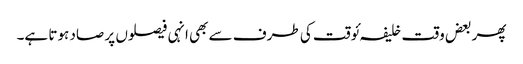
پھر بعض وقت خلیفہ ئوقت کی طرف سے بھی انہی فیصلوں پر صاد ہوتا ہے۔